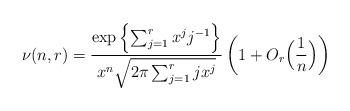
LaTeX: \begin{align*} \nu(n,r)=\frac{\exp\left\{\sum_{j=1}^r {x^j j^{-1}}\right\}}{x^n\sqrt{2\pi \sum_{j=1}^rjx^j}}\left(1+O_r\Big(\frac{1}{n}\Big)\right)\end{align*}